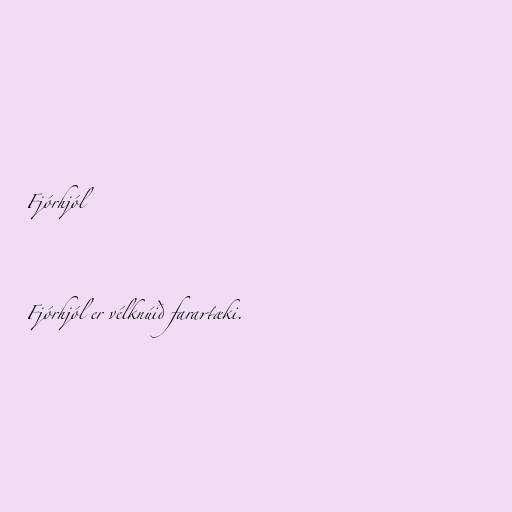
Fjórhjól

Fjórhjól er vélknúið farartæki.